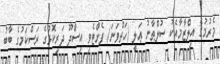
މެރުމުގެ އިލްޒާމާއެކު ސުލްޠާނު ޢަލީ (ހަތްވަނަ) ފެށްޓެވި އިސްދޫ ދަރިކޮޅުގެ ރަސްކަމުގެ ބާބު